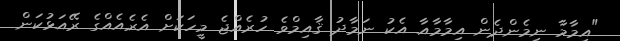
"އިމާމާ ނިމެންދެން އިމާމާއާ އެކު ނަމާދު ޤާއިމްވެ ހުރެއްޖެ މީހަކަށް އެރެއެއްގެ ރޭއަޅުކަން